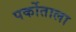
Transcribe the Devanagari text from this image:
पर्कोताला